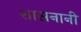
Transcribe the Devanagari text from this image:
शासनानी